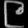
Digit: ၉